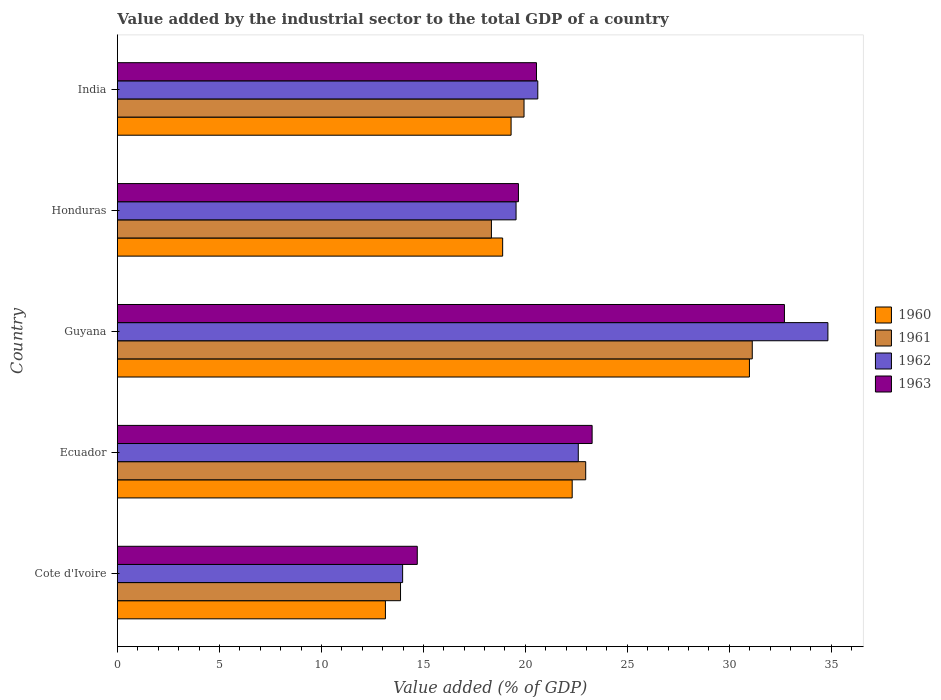
| Country | 1960 | 1961 | 1962 | 1963 |
 | --- | --- | --- | --- | --- |
 | Cote d'Ivoire | 13.1 | 13.9 | 14 | 14.7 |
 | Ecuador | 22.3 | 23 | 22.6 | 23.3 |
 | Guyana | 31 | 31.1 | 34.8 | 32.7 |
 | Honduras | 18.9 | 18.3 | 19.5 | 19.7 |
 | India | 19.3 | 19.9 | 20.6 | 20.5 |